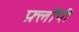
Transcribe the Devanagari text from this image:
फ़्लॉपी